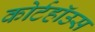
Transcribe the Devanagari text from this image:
कोर्टहॉउस